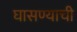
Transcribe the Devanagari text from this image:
घासण्याची